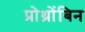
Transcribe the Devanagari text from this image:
प्रोथ्रोंबिन